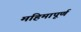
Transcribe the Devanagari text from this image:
महिमापूर्ण